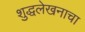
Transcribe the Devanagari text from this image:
शुद्धलेखनाचा